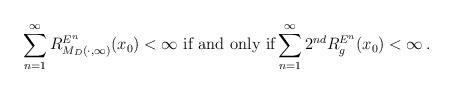
LaTeX: \begin{align*}\sum_{n=1}^{\infty}R^{E^n}_{M_D(\cdot, \infty)}(x_0)<\infty \textrm{ if and only if}\sum_{n=1}^{\infty}2^{nd} R^{E^n}_{g} (x_0)<\infty\, .\end{align*}